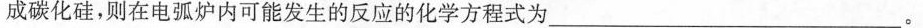
成碳化硅，则在电弧炉内可能发生的反应的化学方程式为___。